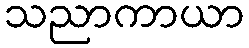
သညာကာယာ